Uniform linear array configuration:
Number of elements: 48
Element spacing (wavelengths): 1
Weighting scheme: cosine
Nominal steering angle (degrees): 0
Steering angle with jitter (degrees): -0.5919
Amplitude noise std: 0.05
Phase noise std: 0.05

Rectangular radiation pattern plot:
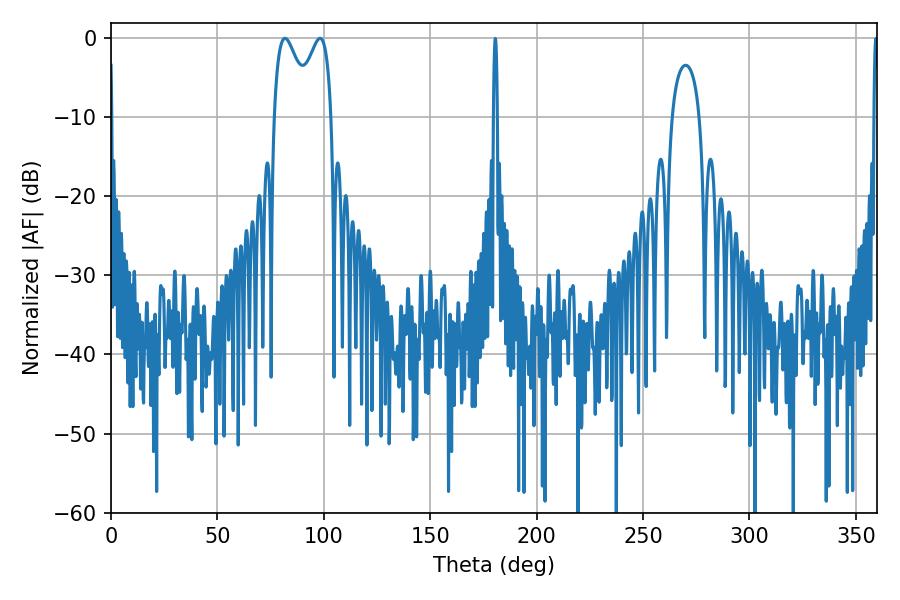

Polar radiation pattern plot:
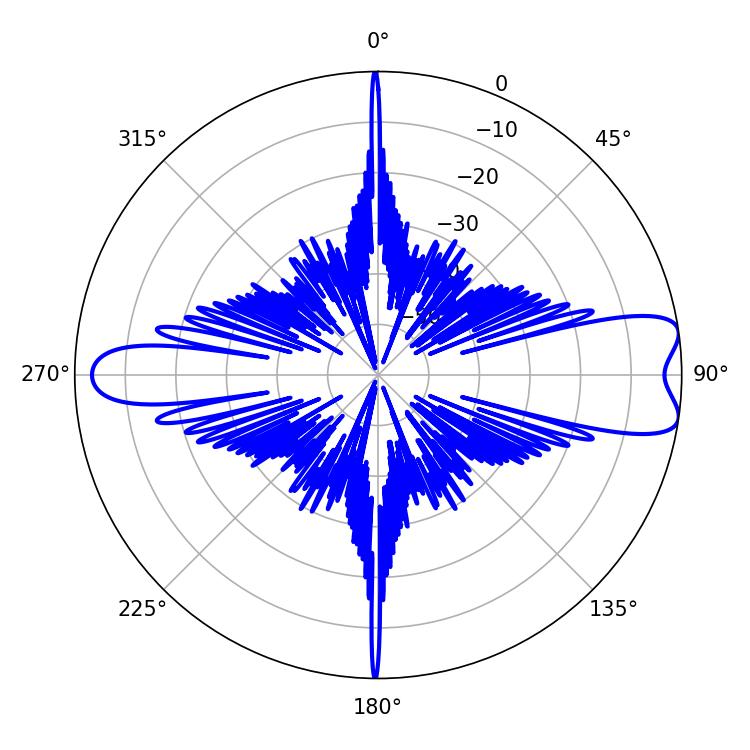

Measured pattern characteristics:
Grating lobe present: TRUE
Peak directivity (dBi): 9.329
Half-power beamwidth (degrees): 9.36
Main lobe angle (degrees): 81.72